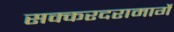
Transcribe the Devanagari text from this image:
सक्करदरामार्गे